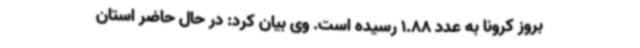
بروز کرونا به عدد 1.88 رسیده است. وی بیان کرد: در حال حاضر استان